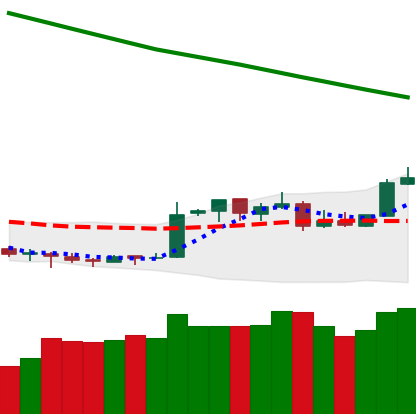
Ticker: XMR-USD
Chart end date: 2019-02-19
Forward return: -6.339%
Label: down_5_7